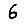
Digit: 6